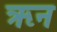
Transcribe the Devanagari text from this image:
ऋन